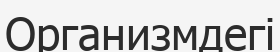
Организмдегі